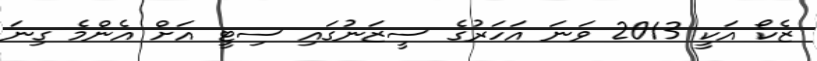
ޒެކޯ އަކީ 2013 ވަނަ އަހަރުގެ ސީޒަނުގައި ސިޓީ އަށް އެންމެ ގިނަ